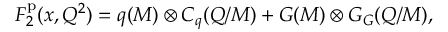
F _ { 2 } ^ { \mathrm { p } } ( x , Q ^ { 2 } ) = q ( M ) \otimes C _ { q } ( Q / M ) + G ( M ) \otimes G _ { G } ( Q / M ) ,